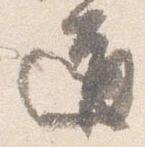
道